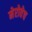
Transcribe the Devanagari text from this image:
मेरोवेच